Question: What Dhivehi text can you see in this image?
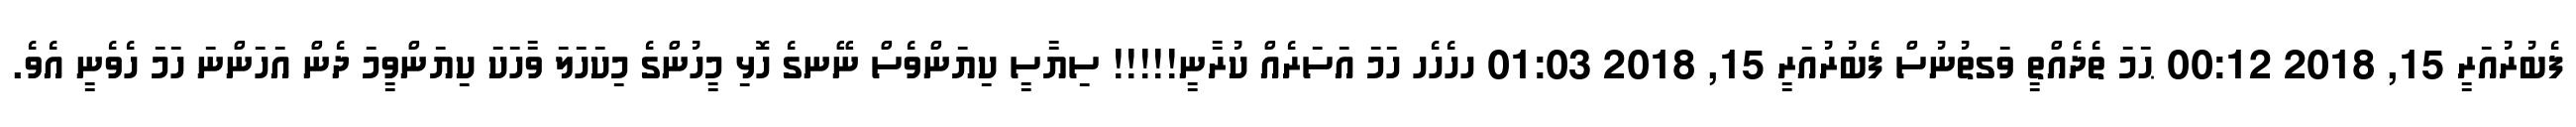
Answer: ފެބުރުއަރީ 15, 2018 00:12 ޙަމަ ތެދެއްތީ ވަގތުނުސް ފެބުރުއަރީ 15, 2018 01:03 ހހެހެހ ހަމަ އަސަރެއް ކުރާނީ!!!!! ސިޔާސީ ކިޔަންވެސް ނޭނގެ ހޮޅި މީހުންގެ މިކަހަލަ ވާހަކަ ކިޔަންވީމަ ދެން އަހަންނަ ހަމަ ހެވެނީ އެވެ.